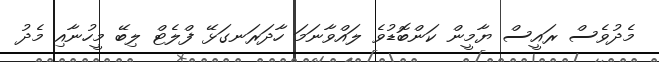
މެދުވެސް ރައީސް ޔާމީން ކަންބޮޑުވެ ލައްވާނަމަ ހާދަރަނގަޅޭ ފްލެޓް ލިބޭ މީހުނާއި މެދު